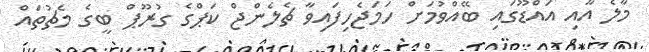
މާލެ އާއި އައްޑޫގައި ބޭއްވުމަށް ހަމަޖެހިފައިވާ ޗެލެންޖް ކަޕްގެ ގުރޫޕް ބީގެ މެޗުތައް